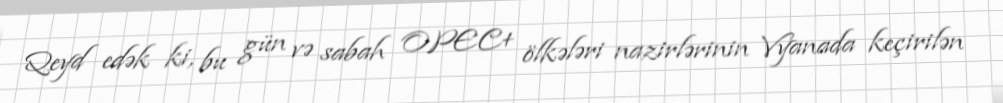
Qeyd edək ki, bu gün və sabah OPEC+ ölkələri nazirlərinin Vyanada keçirilən